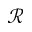
\mathcal { R }